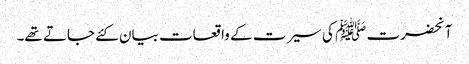
آنحضرت ﷺ کی سیرت کے واقعات بیان کئے جاتے تھے۔